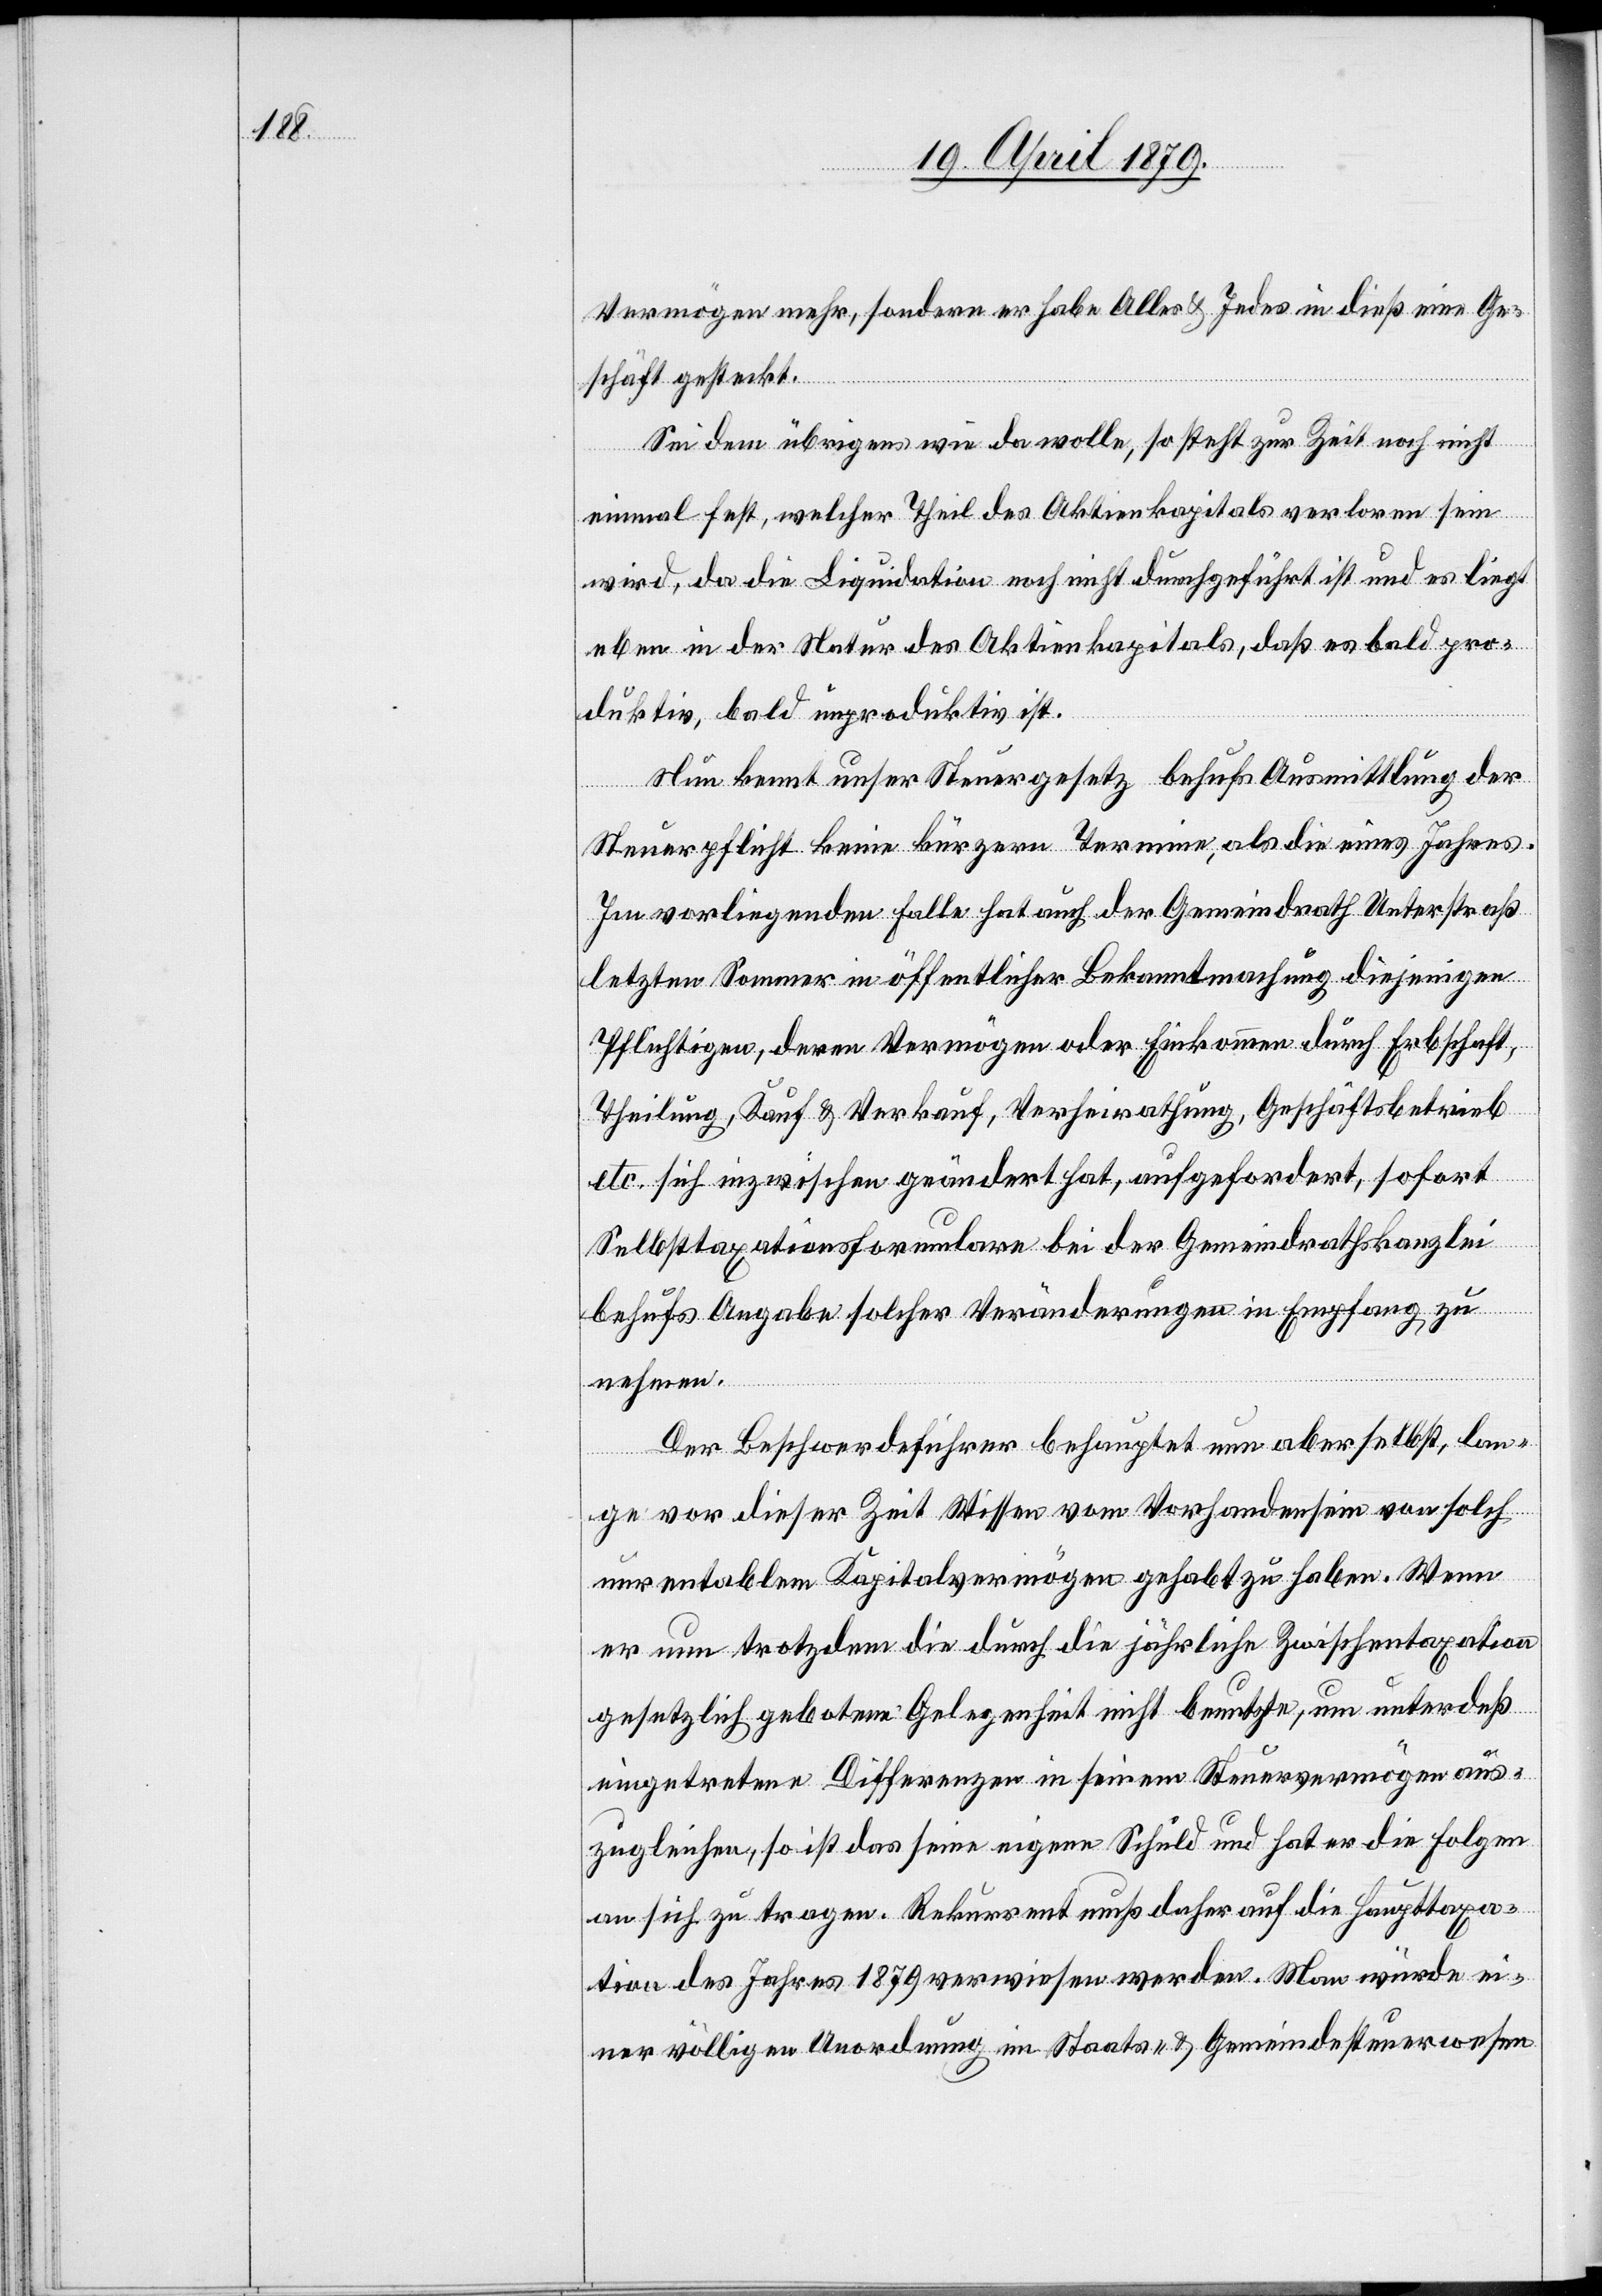
Vermögen mehr, sondern er habe Alles & Jedes in dieß eine Ge¬
schäft gesteckt.
Sei dem übrigens wie da wolle, so steht zur Zeit noch nicht
einmal fest, welcher Theil des Aktienkapitals verloren sein
wird, da die Liquidation noch nicht durchgeführt ist und es liegt
eben in der Natur des Aktienkapitals, daß es bald pro¬
duktiv, bald unproduktiv ist.
Nun kennt unser Steuergesetz behufs Ausmittlung der
Steuerpflicht keine kürzern Termine, als die eines Jahres.
Im vorliegenden Falle hat auch der Gemeindrath Unterstraß
letzten Sommer in öffentlicher Bekanntmachung diejenigen
Pflichtigen, deren Vermögen oder Einkommen durch Erbschaft,
Theilung, Kauf & Verkauf, Verheirathung, Geschäftsbetrieb
etc. sich inzwischen geändert hat, aufgefordert, sofort
Selbsttaxationsformulare bei der Gemeindrathskanzlei
behufs Angabe solcher Veränderungen in Empfang zu
nehmen.
Der Beschwerdeführer behauptet nun aber selbst, lan¬
ge vor dieser Zeit Wissen vom Vorhandensein von solch
unrentablem Kapitalvermögen gehabt zu haben. Wenn
er nun trotzdem die durch die jährliche Zwischentaxation
gesetzlich gebotene Gelegenheit nicht benutzte, um unterdeß
eingetretene Differenzen in seinem Steuervermögen aus¬
zugleichen, so ist das seine eigene Schuld und hat er die Folgen
an sich zu tragen. Rekurrent muß daher auf die Haupttaxa¬
tion des Jahres 1879 verwiesen werden. Man würde ei¬
ner völligen Unordnung im Staats- & Gemeindesteuerwesen